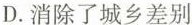
D. 消除了城乡差别